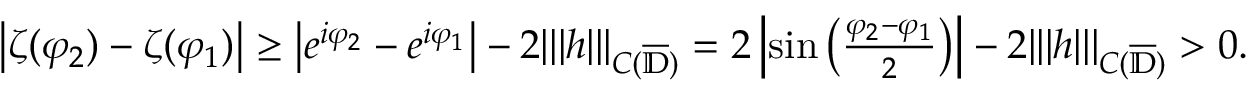
\begin{array} { r } { \left| \zeta ( \varphi _ { 2 } ) - \zeta ( \varphi _ { 1 } ) \right| \geq \left| e ^ { i \varphi _ { 2 } } - e ^ { i \varphi _ { 1 } } \right| - 2 | | | h | | | _ { C ( \overline { { \mathbb { D } } } ) } = 2 \left| \sin \left( \frac { \varphi _ { 2 } - \varphi _ { 1 } } { 2 } \right) \right| - 2 | | | h | | | _ { C ( \overline { { \mathbb { D } } } ) } > 0 . } \end{array}